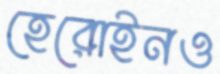
হেরোইনও